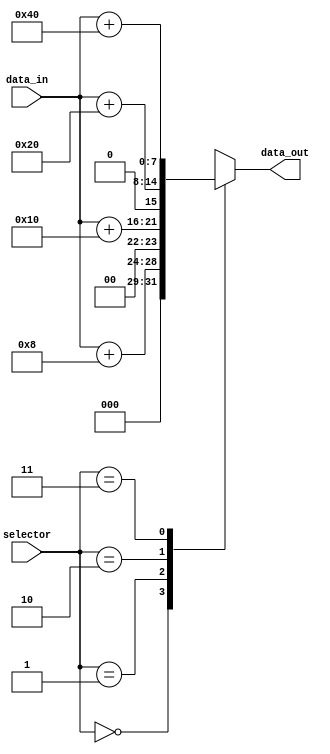
module GenerateCase (
    input [1:0] selector,
    input [3:0] data_in,
    output reg [7:0] data_out
);

always @*
begin
    case (selector)
        2'b00: data_out = data_in + 8;
        2'b01: data_out = data_in + 16;
        2'b10: data_out = data_in + 32;
        2'b11: data_out = data_in + 64;
        default: data_out = data_in;
    endcase
end

endmodule